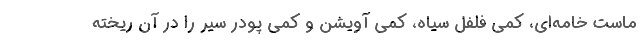
ماست خامه‌ای، کمی فلفل سیاه، کمی آویشن و کمی پودر سیر را در آن ریخته